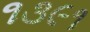
૧૩૯૧